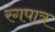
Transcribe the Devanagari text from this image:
रंगपात्र